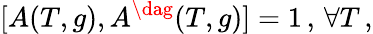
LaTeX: [A(T,g),A^{\dag}(T,g)]=1\, ,\, \forall T\, ,